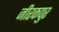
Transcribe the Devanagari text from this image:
जीरकपुर